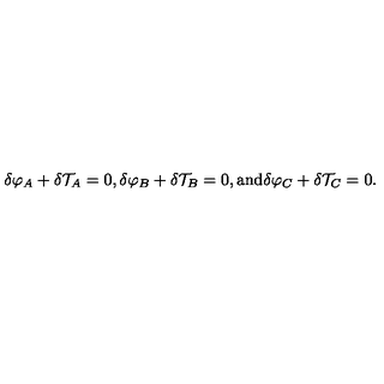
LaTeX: { \delta } \varphi _ { A } + { \delta } { \cal T } _ { A } = 0 , { \delta } \varphi _ { B } + { \delta } { \cal T } _ { B } = 0 , \mathrm { a n d } { \delta } \varphi _ { C } + { \delta } { \cal T } _ { C } = 0 .